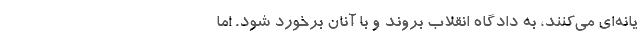
یانه‌ای می‌کنند، به دادگاه انقلاب بروند و با آنان برخورد شود. اما